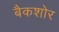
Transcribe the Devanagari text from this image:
बैकशोर